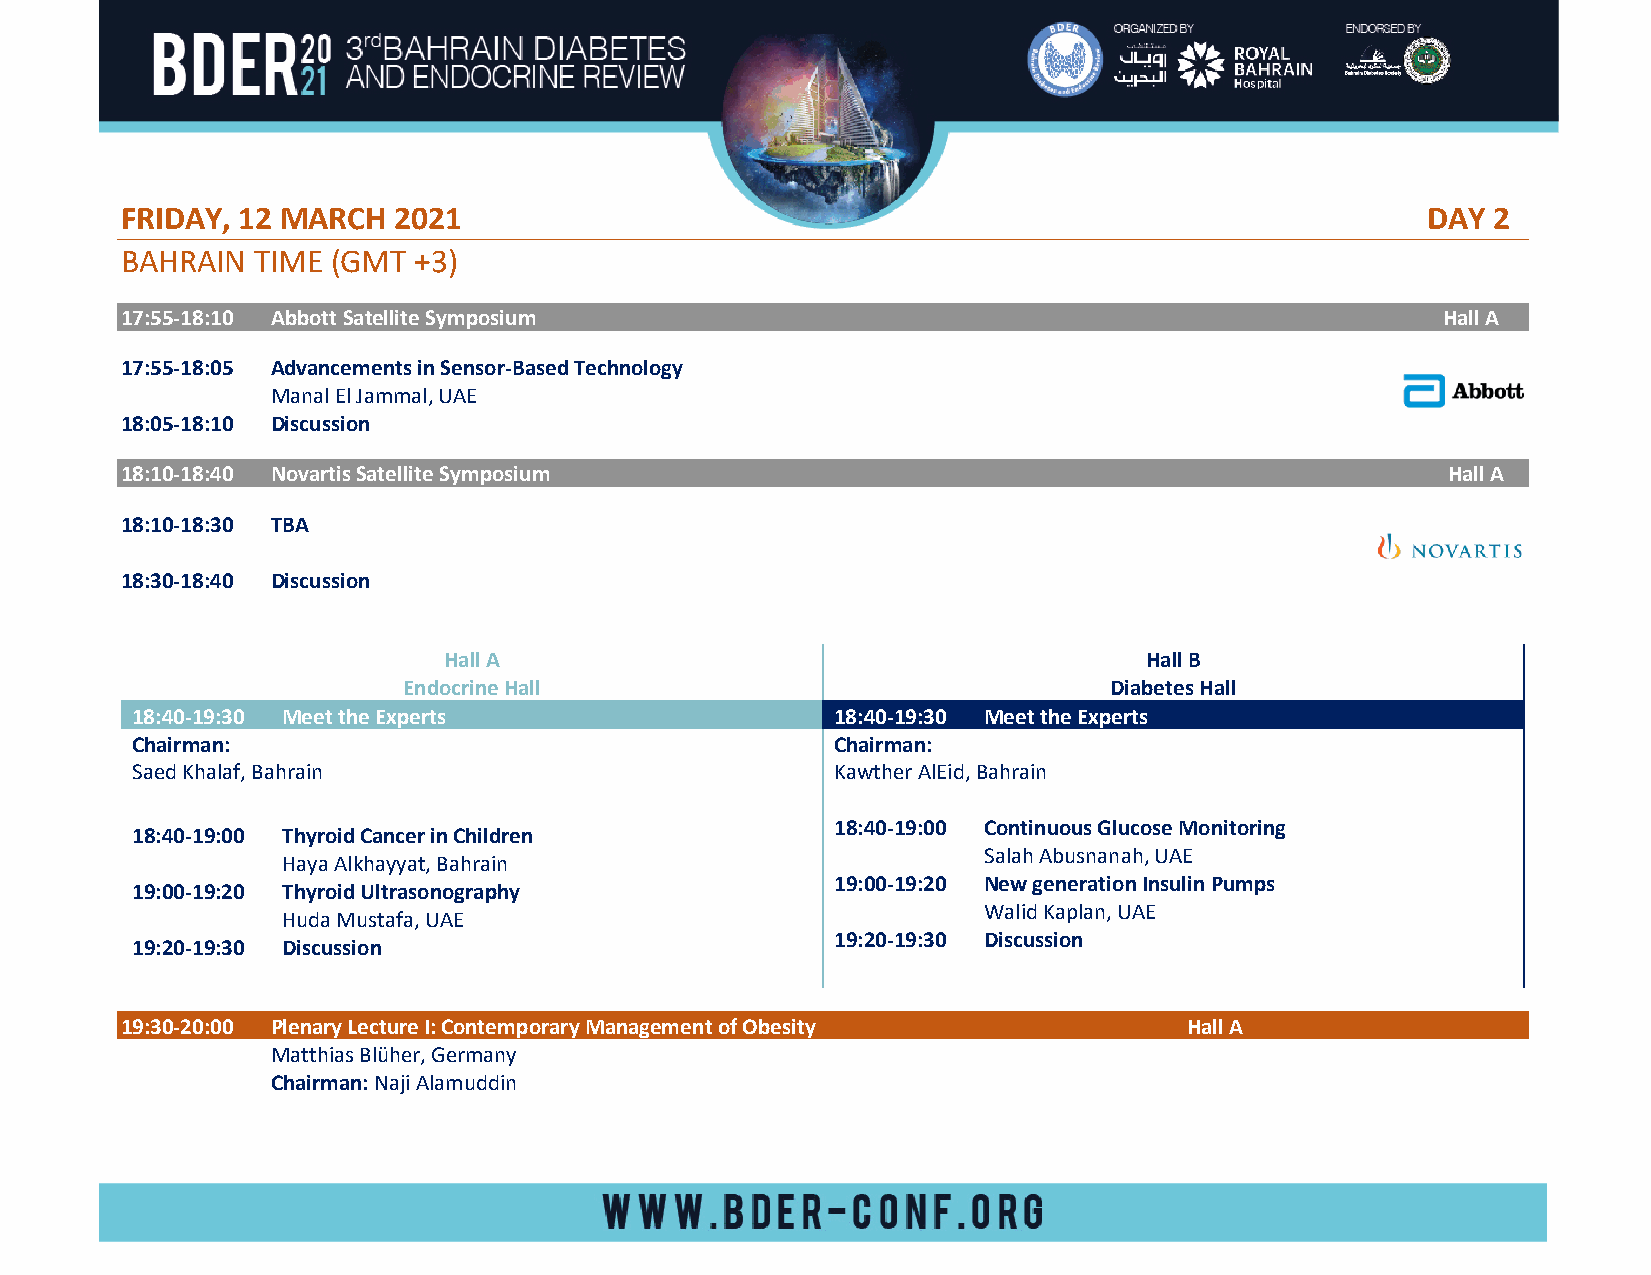
FRIDAY, 12 MARCH  2021                                                                DAY  2
 BAHRAIN  TIME (GMT +3)
 17:55-18:10 Abbott Satellite Symposium                                                 Hall A
 17:55-18:05 Advancements in Sensor-Based Technology
 Manal El Jammal, UAE
 18:05-18:10 Discussion
 18:10-18:40 Novartis Satellite Symposium                                                Hall A
 18:10-18:30 TBA
 18:30-18:40 Discussion
 Hall A                                         Hall B
 Endocrine Hall                                Diabetes Hall
 18:40-19:30 Meet the Experts                  18:40-19:30 Meet the Experts
 Chairman:                                     Chairman:
 Saed Khalaf, Bahrain                          Kawther AlEid, Bahrain
 18:40-19:00 Continuous Glucose Monitoring
 18:40-19:00 Thyroid Cancer in Children
 Salah Abusnanah, UAE
 Haya Alkhayyat, Bahrain
 19:00-19:20 New generation Insulin Pumps
 19:00-19:20 Thyroid Ultrasonography
 Walid Kaplan, UAE
 Huda Mustafa, UAE
 19:20-19:30 Discussion
 19:20-19:30 Discussion
 19:30-20:00 Plenary Lecture I: Contemporary Management of Obesity      Hall A
 Matthias Blüher, Germany
 Chairman: Naji Alamuddin